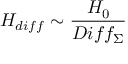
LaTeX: { \cal H } _ { d i f f } \sim \frac { { \cal H } _ { 0 } } { D i f f _ { \Sigma } }